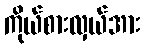
ကိုယ်စားလှယ်အား